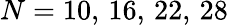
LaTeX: N=10,\, 16,\, 22,\, 28